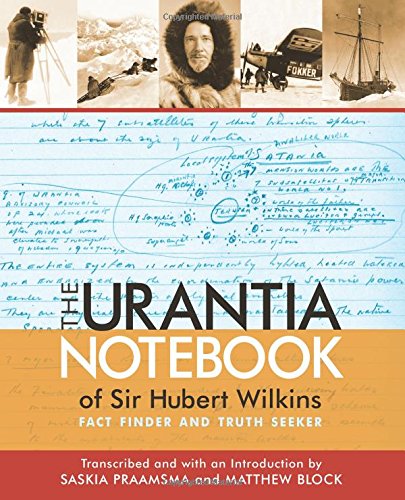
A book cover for The Urantia Notebook of Sir Hubert Wilkins: Fact Finder and Truth Seeker; Saskia Praamsma; Religion & Spirituality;